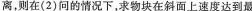
离，则在(2)问的情况下，求物块在斜面上速度达到最